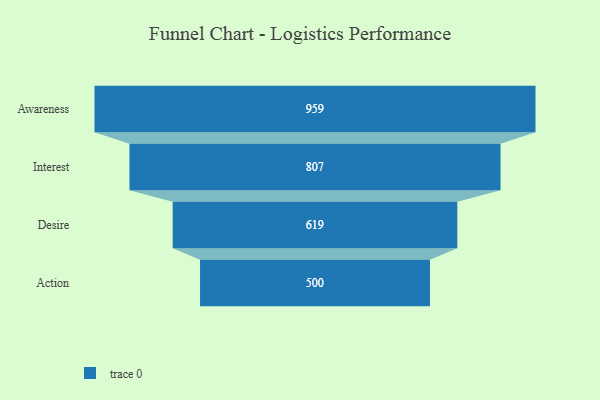
{"axis": {"x": "Stage", "y": "Value"}, "legend": [""], "data": [{"x": "Awareness", "y": 959.0, "type": ""}, {"x": "Interest", "y": 807.0, "type": ""}, {"x": "Desire", "y": 619.0, "type": ""}, {"x": "Action", "y": 500, "type": ""}]}